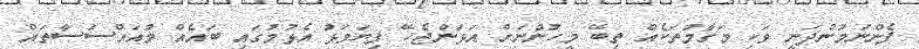
ފެންނަމުންދަނީ ވަކި މަގާމުތަކެއް ތިބޭ މީހުންނަށް އަޅަންޖެހޭ ފިޔަވަޅު އެޅުމުގައި ބައެއް މުއައްސަސާތައް